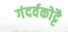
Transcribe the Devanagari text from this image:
गंदर्वकोट्टै